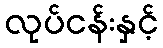
လုပ်ငန်းနှင့်